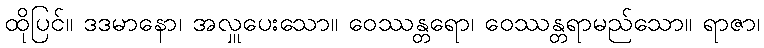
ထိုပြင်။ ဒဒမာနော၊ အလှူပေးသော။ ဝေဿန္တရော၊ ဝေဿန္တရာမည်သော။ ရာဇာ၊